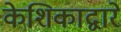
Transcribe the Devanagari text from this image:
केशिकाद्वारे